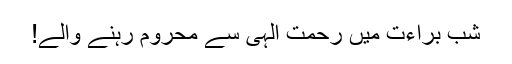
شبِ براءت میں رحمتِ الہی سے محروم رہنے والے!